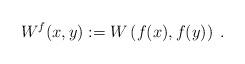
LaTeX: \begin{align*} W^f(x,y) := W \left(f(x),f(y)\right)\;.\end{align*}